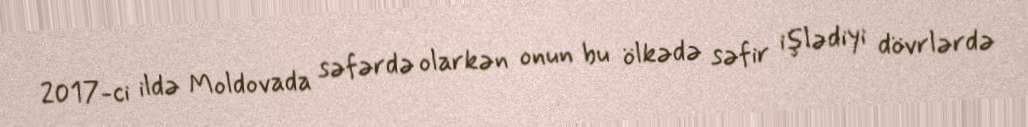
2017-ci ildə Moldovada səfərdə olarkən onun bu ölkədə səfir işlədiyi dövrlərdə